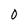
Character: 0